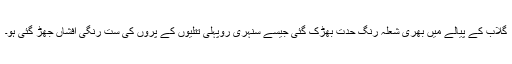
گلاب کے پیالے میں بھری شعلہ رنگ حدت بھڑک گئی جیسے سنہری روپہلی تتلیوں کے پروں کی ست رنگی افشاں جھڑ گئی ہو۔